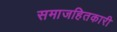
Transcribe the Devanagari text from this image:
समाजहितकारी